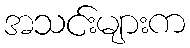
အသင်းများက